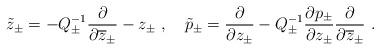
LaTeX: \begin{align*}\tilde{z}_{\pm}=-Q_{\pm}^{-1}\displaystyle\displaystyle\frac{\partial}{\partial \overline{z}_{\pm}}-z_{\pm}~,~~~\tilde{p}_{\pm}=\displaystyle\displaystyle\frac{\partial}{\partial z_{\pm}}-Q_{\pm}^{-1}\displaystyle\frac{\partial p_{\pm}}{\partial z_{\pm}}\displaystyle\displaystyle\frac{\partial}{\partial \overline{z}_{\pm}}~.\end{align*}